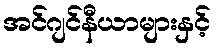
အင်ဂျင်နီယာများနှင့်